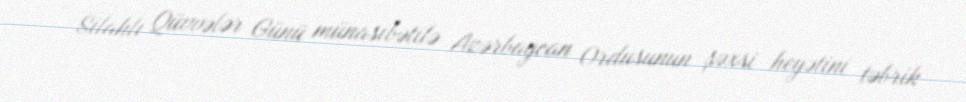
- Silahlı Qüvvələr Günü münasibətilə Azərbaycan Ordusunun şəxsi heyətini təbrik